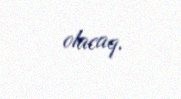
olacaq.